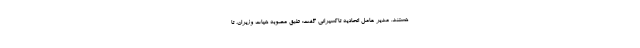
هستند. مدیر عامل اتحادیه تاکسیرانی گفت: طبق مصوبه هیات وزیران، تا